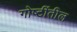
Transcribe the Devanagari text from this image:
गोष्टींतील